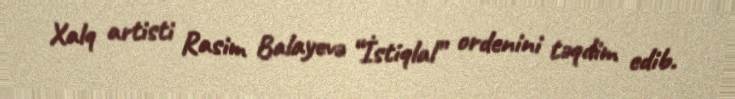
Xalq artisti Rasim Balayevə “İstiqlal” ordenini təqdim edib.